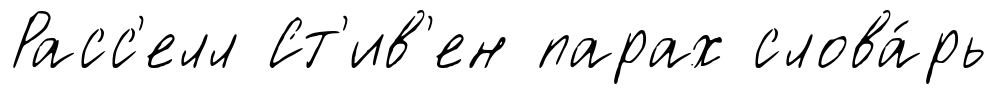
Расс'елл Ст'ив'ен парах слова́рь